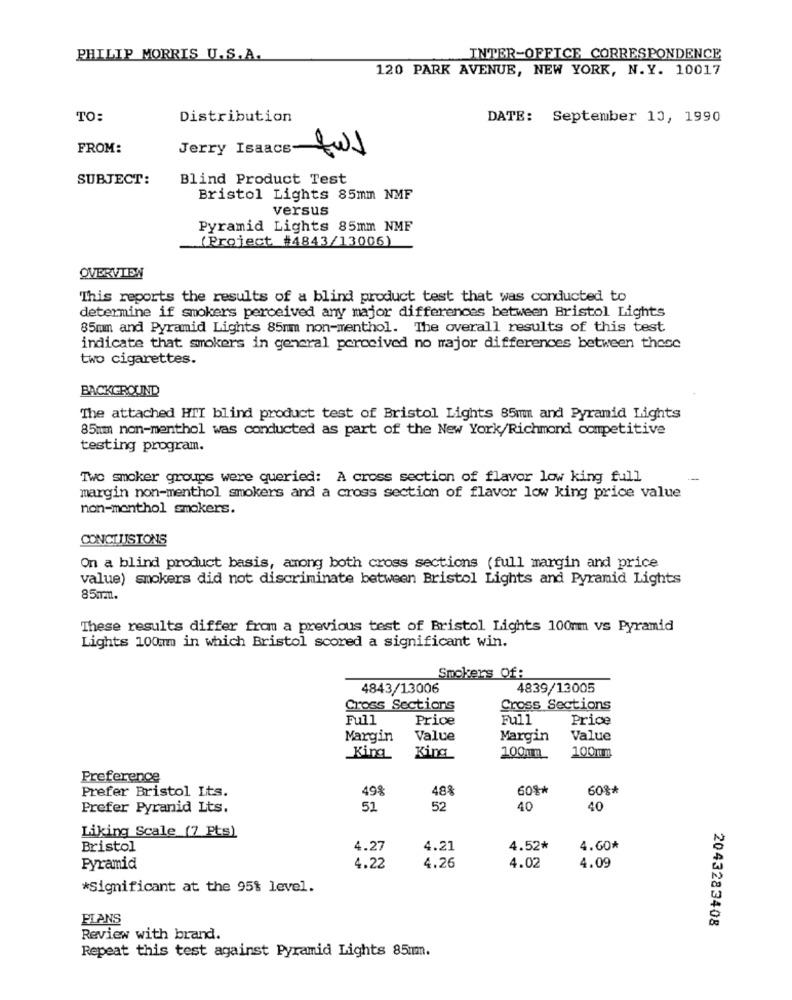
PHILIP MORRIS U.S.A.
INTER-OFFICE CORRESPONDENCE
120 PARK AVENUE, NEW YORK, N.Y. 10017
TO:
Distribution
DATE: September 10, 1990
FROM:
Jerry Isaacetws
SUBJECT:
Blind Product Test
Bristol Lights 85mm NMF
versus
Pyramid Lights 85mm NMF
(Project #4843/13006)
OVERVIEW
This reports the results of a blind product test that was conducted to
determine if smokers perceived any major differences between Bristol Lights
85mm and Pyramid Lights 85mm non-menthol. The overall results of this test
indicate that smokers in general perceived no major differences between these
two cigarettes.
BACKGROUND
The attached HTI blind product test of Bristol Lights 85mm and Pyramid Lights
85mm non-menthol was conducted as part of the New York/Richmond competitive
testing program.
Two smoker groups were queried: A cross section of flavor low king full
margin non-menthol smokers and a cross section of flavor low king price value
non-menthol smokers.
CONCLUISTONS
On a blind product basis, among both cross sections (full margin and price
value) smokers did not discriminate between Bristol Lights and Pyramid Lights
85mm.
These results differ from a previous test of Bristol Lights 100mm vs Pyramid
Lights 100mm in which Bristol scored a significant win.
Smokers Of:
4843/13006
4839/13005
Cross Sections
Cross Sections
Full
Price
Full
Price
Margin
Value
Margin
Value
100mm
King
King
100mm
Preference
Prefer Bristol Its.
498
488
60%*
60%*
Prefer Pyranid Lts.
51
52
40
40
Liking Scale (7 Pts)
Bristol
4.27
4.21
4.52*
4.60*
Pyramid
4.22
4.26
4.02
4.09
*Significant at the 95% level.
PLANS
2043283408
Review with brand.
Repeat this test against Pyramid Lights 85mm.